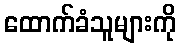
ထောက်ခံသူများကို